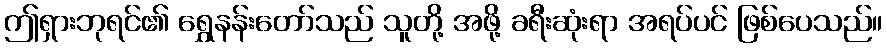
ဤရှားဘုရင်၏ ရွှေနန်းတော်သည် သူတို့ အဖို့ ခရီးဆုံးရာ အရပ်ပင် ဖြစ်ပေသည်။